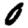
Digit: 0